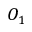
O _ { 1 }